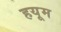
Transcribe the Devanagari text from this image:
हयूम